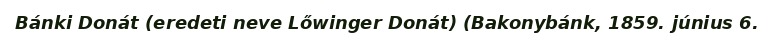
Bánki Donát (eredeti neve Lőwinger Donát) (Bakonybánk, 1859. június 6.